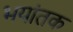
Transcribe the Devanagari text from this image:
भयांतक